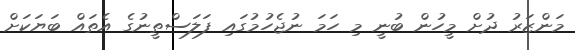
މަންޒަރު ދުށް މީހުން ބުނީ މި ހަމަ ނުޖެހުމުގައި ފަލަސްތީނުގެ އެތައް ބަޔަކަށް